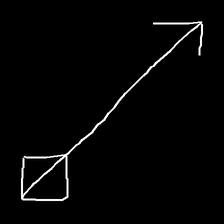
Glyph: focus